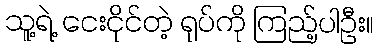
သူ့ရဲ့ ငေးငိုင်တဲ့ ရုပ်ကို ကြည့်ပါဦး။